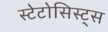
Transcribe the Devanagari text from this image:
स्टेटोसिस्ट्स